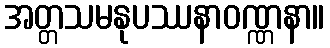
အတ္တသမနုပဿနာဝဏ္ဏနာ။